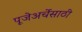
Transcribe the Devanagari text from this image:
पूजेअर्चेसाठी